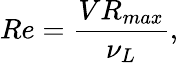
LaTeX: Re={\frac{VR_{max}}{\nu_{L}}},